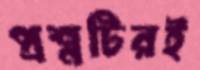
প্রশ্নটিরই